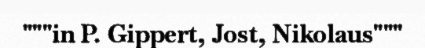
"""in P. Gippert, Jost, Nikolaus"""